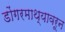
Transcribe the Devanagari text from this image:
डोंगरमाथ्यावरून